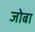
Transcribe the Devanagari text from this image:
जोबा